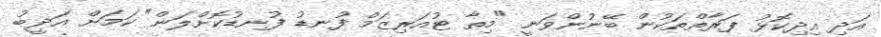
އަދި އިދިކޮޅު ފަރާތްތަކުން ބޭނުންވަނީ "މިތާ ޓުއަރިޒަމް ފުނޑު ފުނޑުކޮށްލަން" ކަމަށް އަދީބު